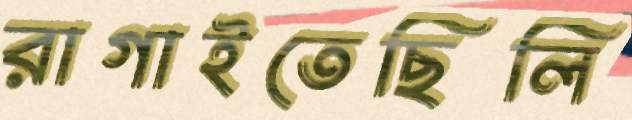
রাগাইতেছিলি